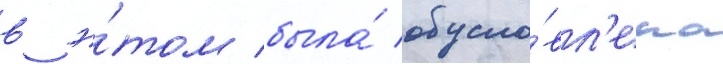
в э́том была́ обусло́вл'ена